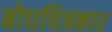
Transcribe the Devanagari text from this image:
बोधचित्रकार